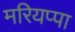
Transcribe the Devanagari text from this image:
मरियप्पा